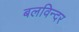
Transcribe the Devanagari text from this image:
बलविन्दर